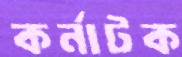
কর্নাটক